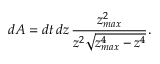
d { \cal A } = d t \, d z \, \frac { z _ { m a x } ^ { 2 } } { z ^ { 2 } \sqrt { z _ { m a x } ^ { 4 } - z ^ { 4 } } } .